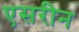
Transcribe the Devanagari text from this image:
एसरीन